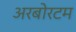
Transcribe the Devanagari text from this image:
अरबोरटम